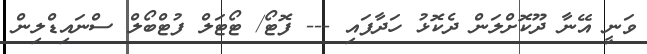
ވަނީ އޭނާ ދޫކޮށްލަން ދެކޮޅު ހަދާފައި --- ފޮޓޯ/ ޓޯޓަލް ފުޓްބޯލް ސްނައިޑްލިން